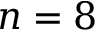
n = 8